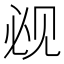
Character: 𰴕